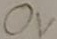
Text: 0V